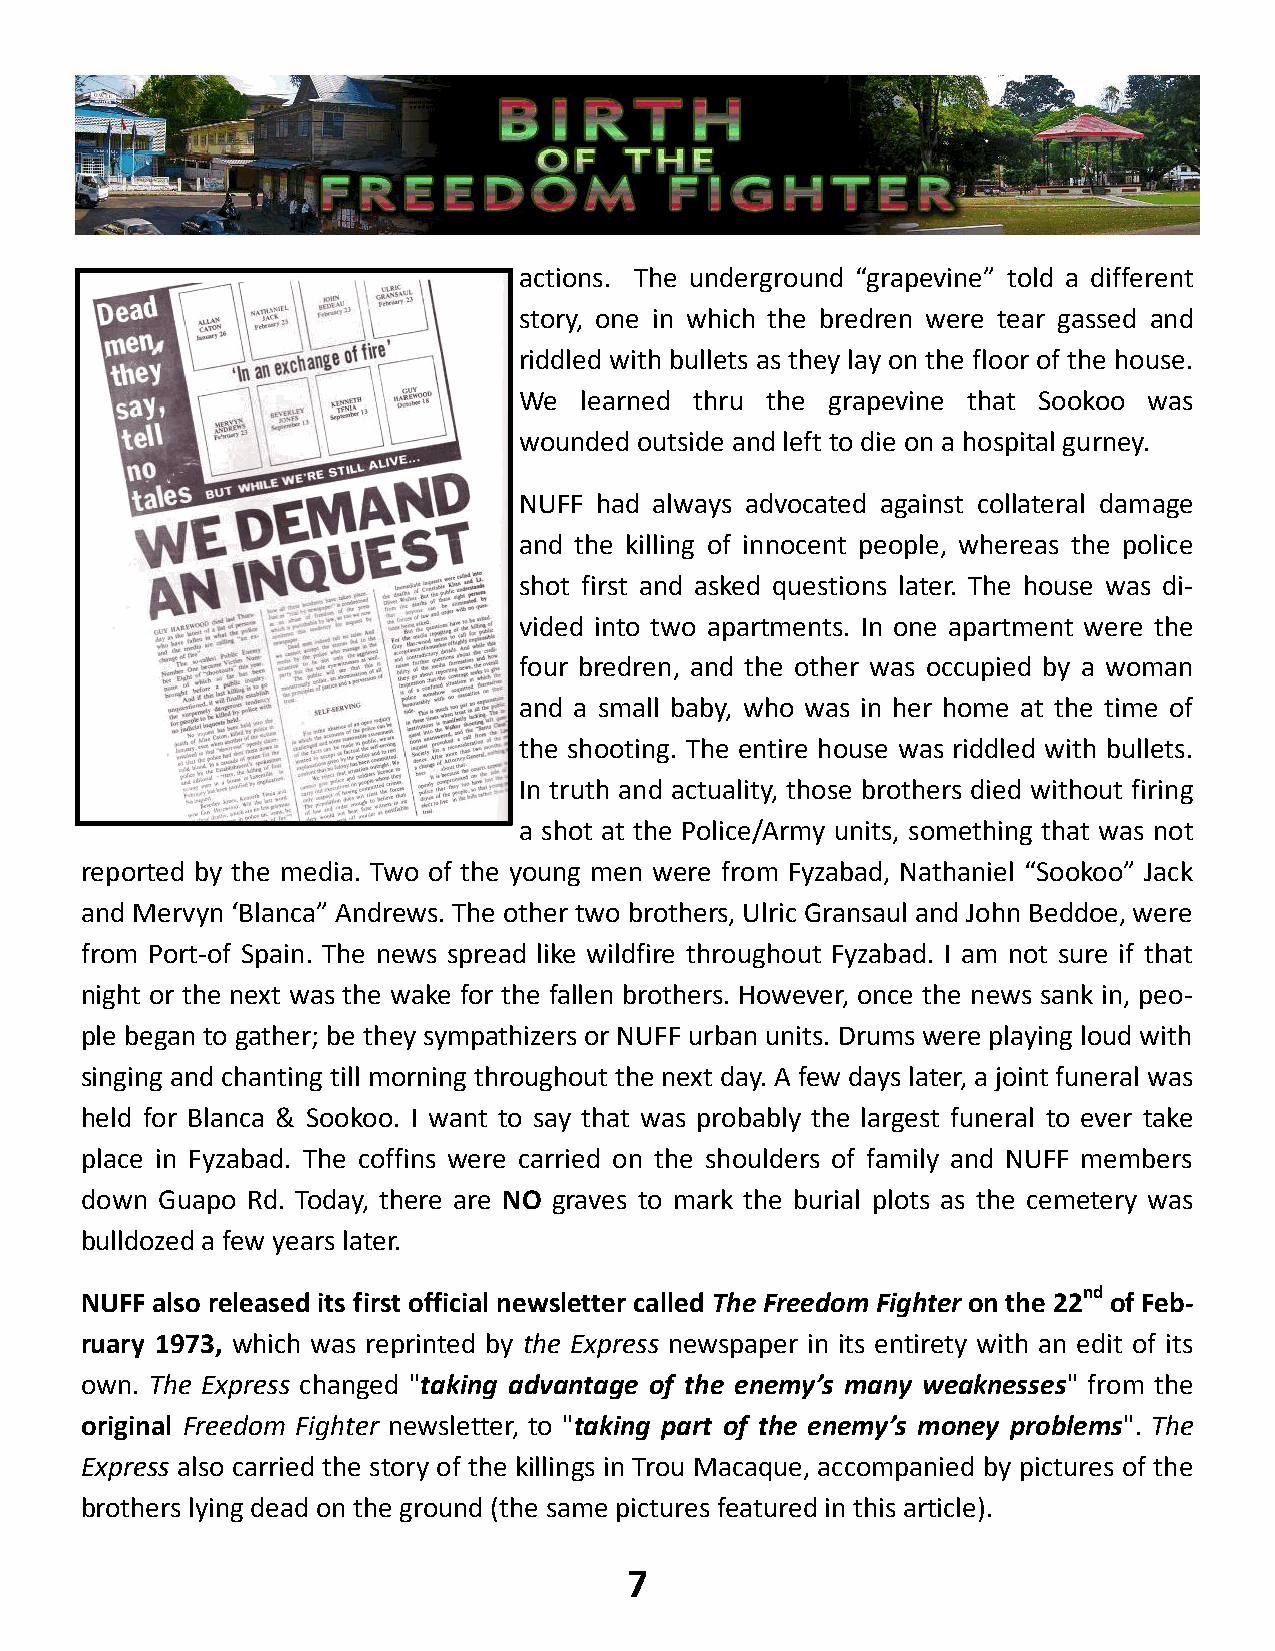
actions. The underground “grapevine” told a different
 story, one in which the bredren were tear gassed and
 riddled with bullets as they lay on the floor of the house.
 We  learned thru the grapevine that Sookoo was
 wounded outside and left to die on a hospital gurney.
 NUFF had always advocated against collateral damage
 and the killing of innocent people, whereas the police
 shot first and asked questions later. The house was di-
 vided into two apartments. In one apartment were the
 four bredren, and the other was occupied by a woman
 and a small baby, who was in her home at the time of
 the shooting. The entire house was riddled with bullets.
 In truth and actuality, those brothers died without firing
 a shot at the Police/Army units, something that was not
 reported by the media. Two of the young men were from Fyzabad, Nathaniel “Sookoo” Jack
 and Mervyn ‘Blanca” Andrews. The other two brothers, Ulric Gransaul and John Beddoe, were
 from Port-of Spain. The news spread like wildfire throughout Fyzabad. I am not sure if that
 night or the next was the wake for the fallen brothers. However, once the news sank in, peo-
 ple began to gather; be they sympathizers or NUFF urban units. Drums were playing loud with
 singing and chanting till morning throughout the next day. A few days later, a joint funeral was
 held for Blanca & Sookoo. I want to say that was probably the largest funeral to ever take
 place in Fyzabad. The coffins were carried on the shoulders of family and NUFF members
 down Guapo Rd. Today, there are NO graves to mark the burial plots as the cemetery was
 bulldozed a few years later.
 nd
 NUFF also released its first official newsletter called The Freedom Fighter on the 22 of Feb-
 ruary 1973, which was reprinted by the Express newspaper in its entirety with an edit of its
 own. The Express changed "taking advantage of the enemy’s many weaknesses" from the
 original Freedom Fighter newsletter, to "taking part of the enemy’s money problems". The
 Express also carried the story of the killings in Trou Macaque, accompanied by pictures of the
 brothers lying dead on the ground (the same pictures featured in this article).
 7